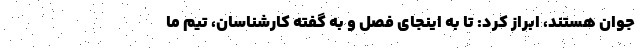
جوان هستند، ابراز کرد: تا به اینجای فصل و به گفته کارشناسان، تیم ما